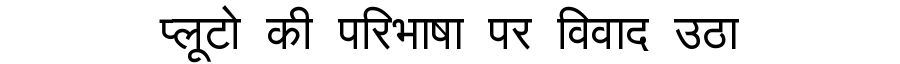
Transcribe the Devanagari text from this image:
प्लूटो की परिभाषा पर विवाद उठा